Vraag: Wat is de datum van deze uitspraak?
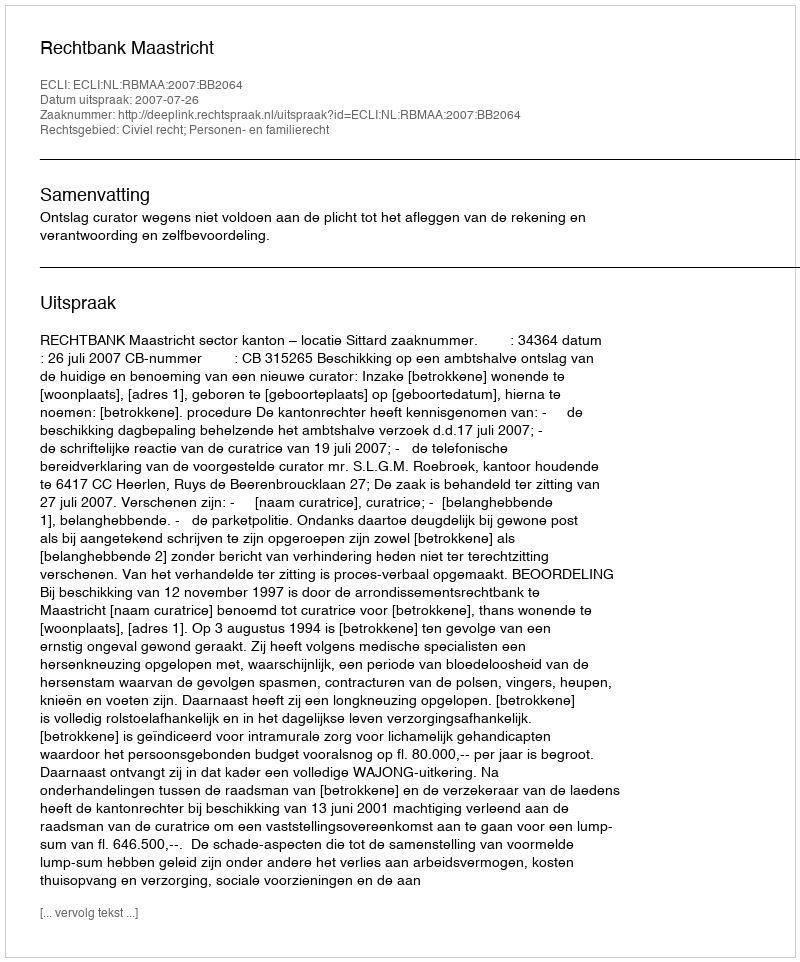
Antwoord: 2007-07-26